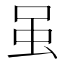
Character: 虽